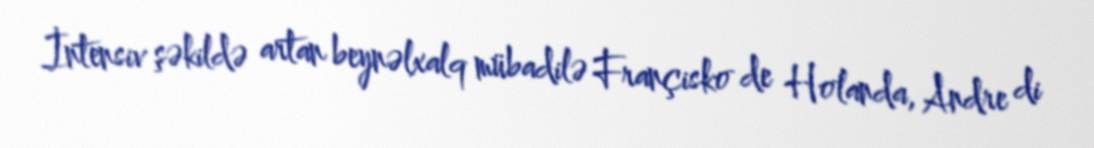
İntensiv şəkildə artan beynəlxalq mübadilə Françisko de Holanda, Andre di